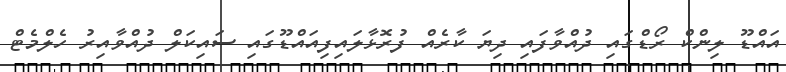
އައްޑޫ ލިންކް ރޯޑްގައި ދުއްވާފައި ދިޔަ ކާރެއް ފުރޮޅާލައިފިއައްޑޫގައި ސައިކަލް ދުއްވާއިރު ހެލްމެޓް